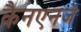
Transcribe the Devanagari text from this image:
कैनएनजे